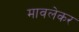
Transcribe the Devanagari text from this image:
मावलेकर